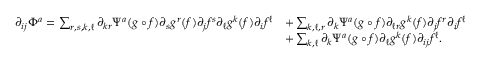
\begin{array} { r l } { \partial _ { i j } \Phi ^ { a } = \sum _ { r , s , k , \ell } \partial _ { k r } \Psi ^ { a } ( g \circ f ) \partial _ { s } g ^ { r } ( f ) \partial _ { j } f ^ { s } \partial _ { \ell } g ^ { k } ( f ) \partial _ { i } f ^ { \ell } } & { + \sum _ { k , \ell , r } \partial _ { k } \Psi ^ { a } ( g \circ f ) \partial _ { \ell r } g ^ { k } ( f ) \partial _ { j } f ^ { r } \partial _ { i } f ^ { \ell } } \\ & { + \sum _ { k , \ell } \partial _ { k } \Psi ^ { a } ( g \circ f ) \partial _ { \ell } g ^ { k } ( f ) \partial _ { i j } f ^ { \ell } . } \end{array}